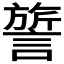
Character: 𬣃